Indian journal of veterinary science and animal husbandry - Volume 7,
Year: 1937
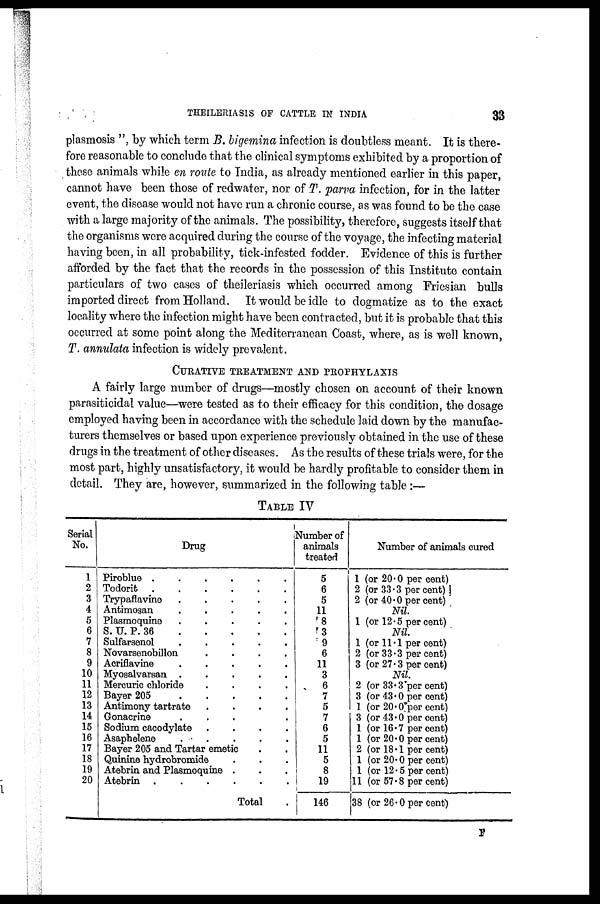
THEILERIASIS OF CATTLE IN INDIA
33
plasmosis ", by which term B. bigemina infection is doubtless meant. It is there-
fore reasonable to conclude that the clinical symptoms exhibited by a proportion of
these animals while en route to India, as already mentioned earlier in this paper,
cannot have been those of redwater, nor of T. parva infection, for in. the latter
event, the disease would not have run a chronic course, as was found to be the case
with a large majority of the animals. The possibility, therefore, suggests itself that
the organisms were acquired during the course of the voyage, the infecting material
having been, in all probability, tick-infested fodder. Evidence of this is further
afforded by the fact that the records in the possession of this Institute contain
particulars of two cases of theileriasis which occurred among Friesian bulls
imported direct from Holland. It would be idle to dogmatize as to the exact
locality where the infection might have been contracted, but it is probable that this
occurred at some point along the Mediterranean Coast, where, as is well known,
T. annulata infection is widely prevalent.
CURATIVE TREATMENT AND PROPHYLAXIS
A fairly large number of drugs—mostly chosen on account of their known
parasiticidal value—were tested as to their efficacy for this condition, the dosage
employed having been in accordance with the schedule laid down by the manufac-
turers themselves or based upon experience previously obtained in the use of these
drugs in the treatment of other diseases. As the results of these trials were, for the
most part, highly unsatisfactory, it would be hardly profitable to consider them in
detail. They are, however, summarized in the following table :—
TABLE IV
Serial
No.
1
2
3
4
5
6
7
8
9
10
11
12
13
14
15
16
17
18
19
20
Drug
Piroblue . . . .
Todorit . . . .
Trypaflavine . . .
Antimosan . . . .
Plasmoquine . . . .
S. U. P. 36 . . . .
Sulfarsenol . . . .
Novarsenobillon. . . .
Acriflavine . . . .
Myosalvarsan . . . .
Mercuric chloride . . . .
Bayer 205 . . . .
Antimony tartrate . . . .
Gonacrine . . . .
Sodium cacodylate . . . .
Asaphelene . . . .
Bayer 205 and Tartar emetic .
Quinine hydrobromide . . . .
Atebrin and Plasmoquine . . .
Atebrin . . . .
Total
Number of
animals
treated
5
6
5
11
8
3
9
6
11
3
6
7
5
7
6
5
11
5
8
19
146
Number of animals cured
1 (or 20.0 per cent)
2 (or 33.3 per cent)
2 (or 40.0 per cent)
Nil.
1 (or 12.5 per cent)
Nil.
1 (or 11.1 per cent)
2 (or 33.3 per cent)
3 (or 27.3 percent)
Nil.
2 (or 33.3 per cent)
3 (or 43 . 0 per cent)
1 (or 20.0 per cent)
3 (or 43 . 0 per cent)
1 (or 16.7 per cent)
1 (or 20.0 per cent)
2 (or 18.1 per cent)
1 (or 20.0 per cent)
1 (or 12.5 per cent)
11 (or 57.8 per cent)
38 (or 26.0 per cent)
F